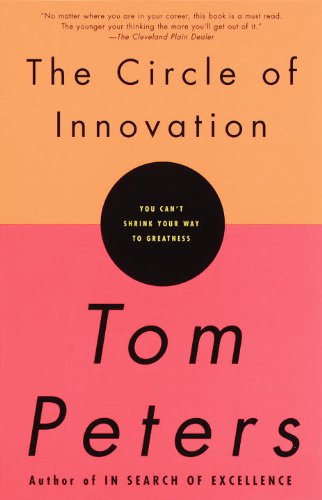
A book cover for The Circle of Innovation: You Can't Shrink Your Way to Greatness; Tom Peters; Health, Fitness & Dieting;